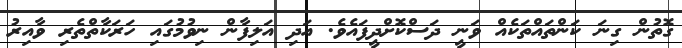
ގޮތުން ގިނަ ކަންތައްތަކެއް ވަނީ ދަސްކޮށްދީފައެވެ. އަދި އަލިފާން ނިވުމުގައި ހަރަކާތްތެރި ވާއިރު